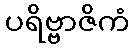
ပရိဗ္ဗာဇိကံ